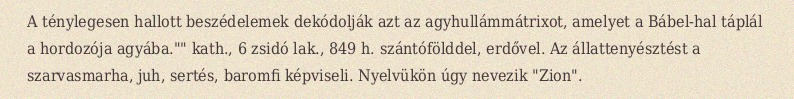
A ténylegesen hallott beszédelemek dekódolják azt az agyhullámmátrixot, amelyet a Bábel-hal táplál a hordozója agyába."" kath., 6 zsidó lak., 849 h. szántófölddel, erdővel. Az állattenyésztést a szarvasmarha, juh, sertés, baromfi képviseli. Nyelvükön úgy nevezik "Zion".